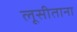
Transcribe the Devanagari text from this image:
लूसीताना